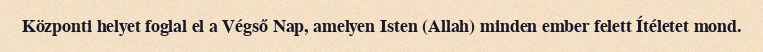
Központi helyet foglal el a Végső Nap, amelyen Isten (Allah) minden ember felett Ítéletet mond.